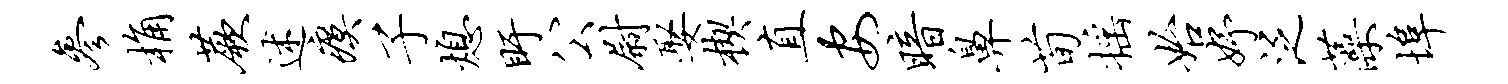
参桷蕨述瘼子熄盱公尉娶楔直安暗鼻荀摇始妤泛藻埠